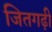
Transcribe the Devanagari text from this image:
जितगढ़ी